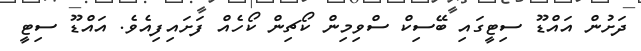
ދަށުން އައްޑޫ ސިޓީގައި ބޭސިކް ސްވިމިން ކޯޗިން ކޯހެއް ފަށައިފިއެވެ. އައްޑޫ ސިޓީ